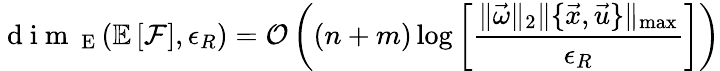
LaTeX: \mathrm{~d~i~m~}_{\mathrm{~E~}}(\mathbb{E}\left[\mathcal{F}\right],\epsilon_{R})=\mathcal{O}\left((n+m)\log\left[\frac{\| \vec{\omega}\| _{2}\| \{ \vec{x},\vec{u}\} \| _{\operatorname*{max}}}{\epsilon_{R}}\right]\right)